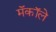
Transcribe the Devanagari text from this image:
मॅकॉले